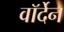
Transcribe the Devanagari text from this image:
वॉर्देन